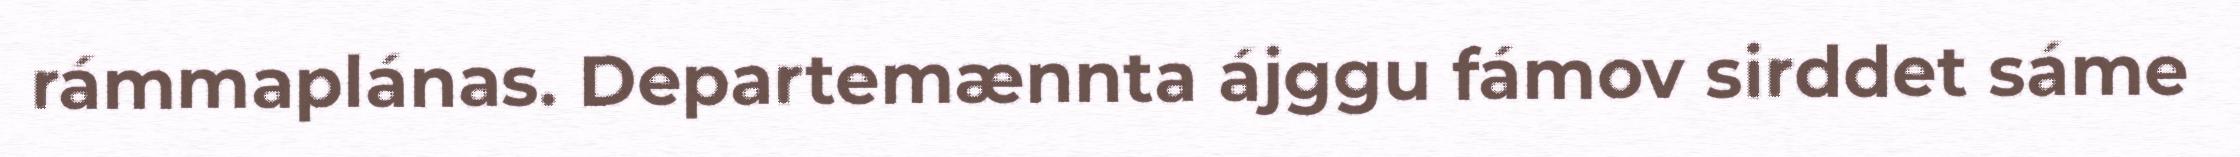
rámmaplánas. Departemænnta ájggu fámov sirddet sáme